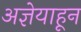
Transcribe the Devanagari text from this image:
अज्ञेयाहून